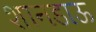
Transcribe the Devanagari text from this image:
शानडाऊ